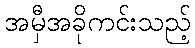
အမှီအခိုကင်းသည့်